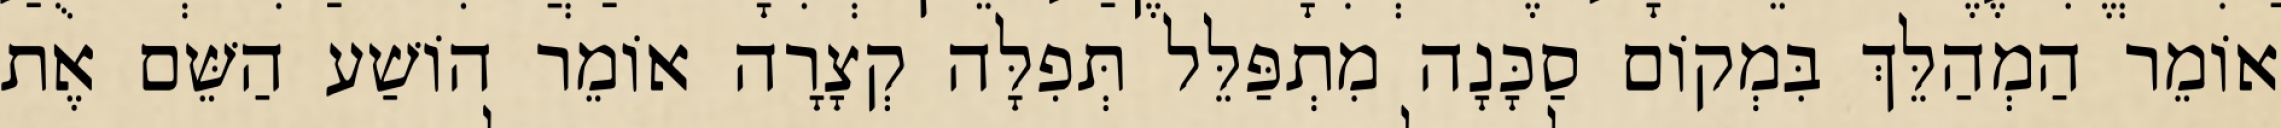
אוֹמֵר הַמְהַלֵּךְ בִּמְקוֹם סַכָּנָה מִתְפַּלֵּל תְּפִלָּה קְצָרָה אוֹמֵר הוֹשַׁע הַשֵּׁם אֶת